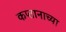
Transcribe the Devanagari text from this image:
कप्तानाच्या